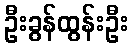
ဦးခွန်ထွန်းဦး